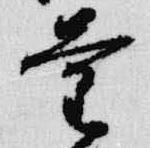
量